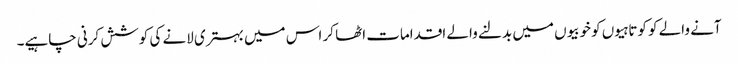
آنے والے کو کوتاہیوں کو خوبیوں میں بدلنے والے اقدامات اٹھا کر اس میں بہتری لانے کی کوشش کرنی چاہیے۔